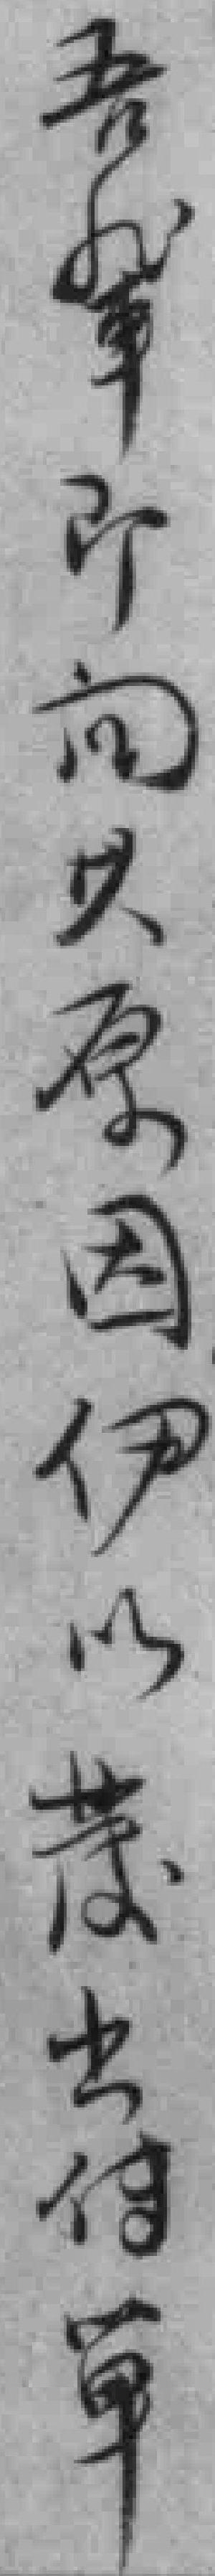
吾軰即向其原因伊以散出传單